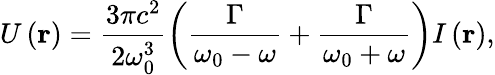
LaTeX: U\left(\textbf{r}\right)=\frac{3\pi c^{2}}{2\omega_{0}^{3}}\left(\frac{\Gamma}{\omega_{0}-\omega}+\frac{\Gamma}{\omega_{0}+\omega}\right)I\left(\textbf{r}\right),